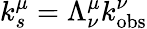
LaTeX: k_{s}^{\mu}=\Lambda_{\nu}^{\mu}k_{\mathrm{obs}}^{\nu}